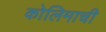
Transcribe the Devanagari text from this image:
कोलिमाची